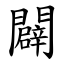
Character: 闢